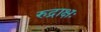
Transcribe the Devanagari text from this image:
रुद्राक्षः